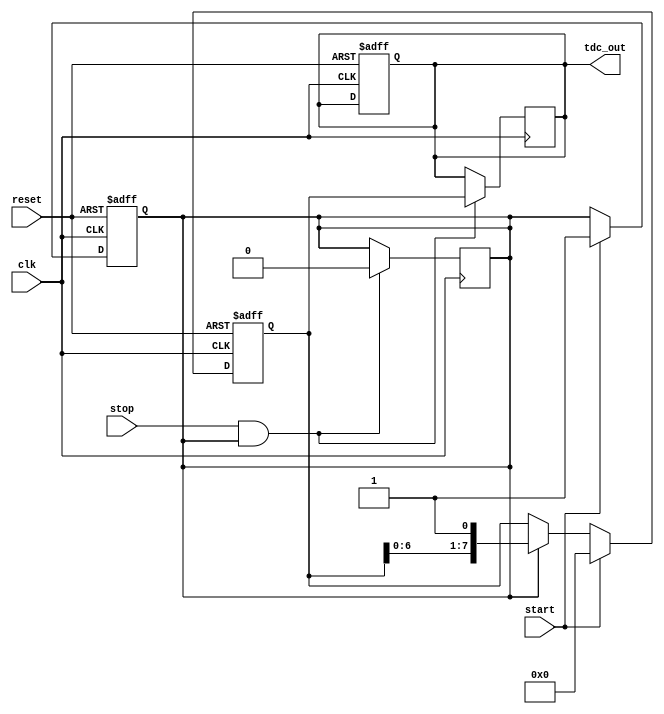
module TDC (
    input wire clk,               // System clock
    input wire reset,             // Reset signal
    input wire start,             // Start signal
    input wire stop,              // Stop signal
    output reg [N-1:0] tdc_out    // Output digital code
);
    parameter N = 8;              // Number of delay elements (resolution)
    parameter DELAY_UNIT = 1;     // Delay unit (in clock cycles)

    reg [N-1:0] delay_line;       // Delay line register
    reg measuring;                 // Flag to indicate measuring state

    // Delay line implementation
    always @(posedge clk or posedge reset) begin
        if (reset) begin
            delay_line <= 0;       // Clear delay line on reset
            measuring <= 0;        // Reset measuring state
            tdc_out <= 0;          // Clear output
        end else if (start) begin
            measuring <= 1;        // Start measuring
            delay_line <= 0;       // Clear delay line for new measurement
        end else if (measuring) begin
            // Shift the delay line
            delay_line <= {delay_line[N-2:0], 1'b1}; // Shift in a '1' for each clock cycle
        end
    end

    // Capture output on stop signal
    always @(posedge clk) begin
        if (stop && measuring) begin
            tdc_out <= delay_line; // Capture the current state of the delay line
            measuring <= 0;         // Stop measuring
        end
    end

endmodule